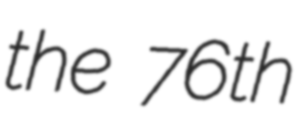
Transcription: the 76th